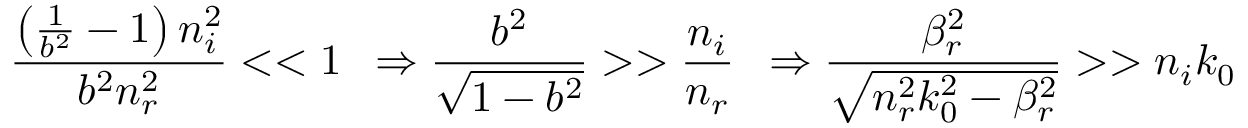
\frac { \left( \frac { 1 } { b ^ { 2 } } - 1 \right) n _ { i } ^ { 2 } } { b ^ { 2 } n _ { r } ^ { 2 } } < < 1 \, \, \, \Rightarrow \frac { b ^ { 2 } } { \sqrt { 1 - b ^ { 2 } } } > > \frac { n _ { i } } { n _ { r } } \, \, \, \Rightarrow \frac { \beta _ { r } ^ { 2 } } { \sqrt { n _ { r } ^ { 2 } k _ { 0 } ^ { 2 } - \beta _ { r } ^ { 2 } } } > > n _ { i } k _ { 0 }